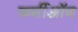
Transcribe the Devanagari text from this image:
फर्मीऑन